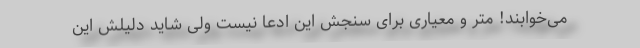
می‌خوابند! متر و معیاری برای سنجش این ادعا نیست ولی شاید دلیلش این